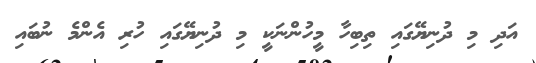
އަދި މި ދުނިޔޭގައި ތިބިހާ މީހުންނަކީ މި ދުނިޔޭގައި ހުރި އެންމެ ނުބައި